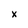
Character: x